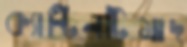
ক্যান্টিনটিমাদ